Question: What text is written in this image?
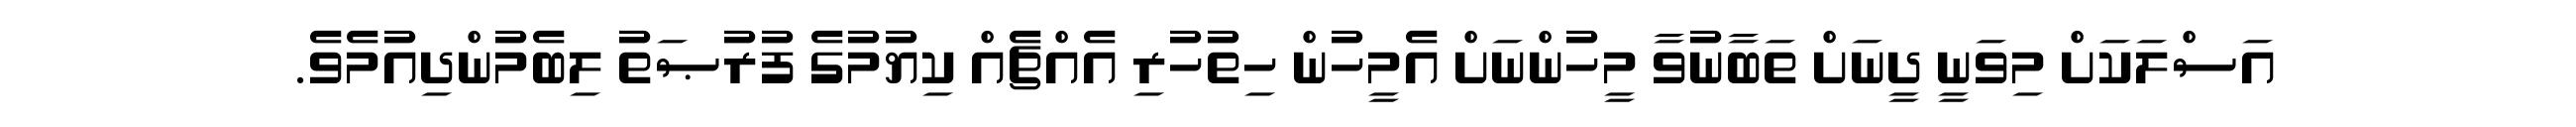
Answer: އަސްލަކަށް މިވަނީ ދީނަށް ތަބާނުވާ މީހުންނަށް އެމީހުން ހިތުހުރި އެއްޗެއް ކިޔުމުގެ ފުރުޞަތު ލިބެމުންދިއުމެވެ.